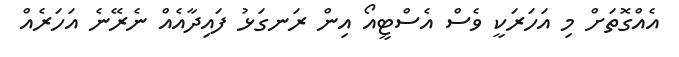
އެއްގޮތަށް މި އަހަރަކީ ވެސް އެސްޓީއޯ އިން ރަނގަޅު ފައިދާއެއް ނެރޭނެ އަހަރެއް